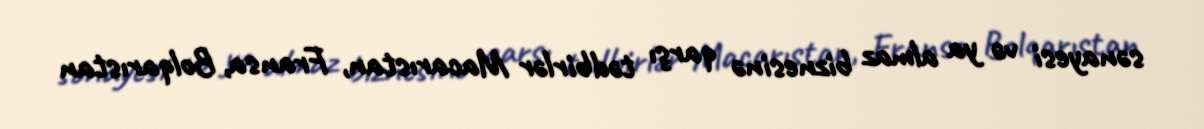
sənayesi və ya almaz biznesinə qarşı tədbirlər Macarıstan, Fransa, Bolqarıstan